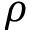
\rho